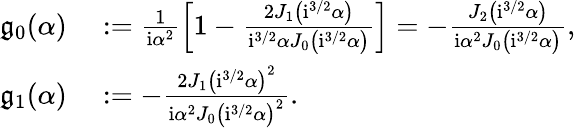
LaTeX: \begin{array}{rl}{\mathfrak{g}_{0}({\alpha})}&{{}:=\frac{1}{\mathrm{i}\alpha^{2}}\left[1-\frac{2J_{1}\left(\mathrm{i}^{3/2}{\alpha}\right)}{\mathrm{i}^{3/2}{\alpha}J_{0}\left(\mathrm{i}^{3/2}\alpha\right)}\right]=-\frac{J_{2}\left(\mathrm{i}^{3/2}\alpha\right)}{\mathrm{i}\alpha^{2}J_{0}\left(\mathrm{i}^{3/2}\alpha\right)},}\\ {\mathfrak{g}_{1}({\alpha})}&{{}:=-\frac{2J_{1}\left(\mathrm{i}^{3/2}\alpha\right)^{2}}{\mathrm{i}\alpha^{2}J_{0}\left(\mathrm{i}^{3/2}\alpha\right)^{2}}.}\end{array}